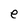
Character: e